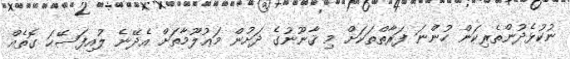
ނުކުޅެދުންތެރިކަން ހުންނަ ފަރާތްތަކަށް މި ޤާނޫނުގެ ދަށުން މަޢުލޫމާތަށް އެދޭނެ ލުއިފަސޭހަ ގޮތެއް